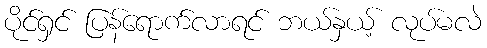
ပိုင်ရှင် ပြန်ရောက်လာရင် ဘယ်နှယ့် လုပ်မလဲ